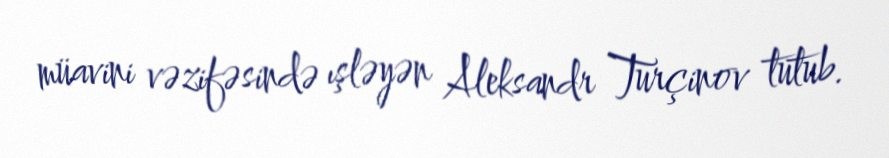
müavini vəzifəsində ışləyən Aleksandr Turçinov tutub.